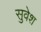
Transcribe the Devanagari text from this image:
सुवेश